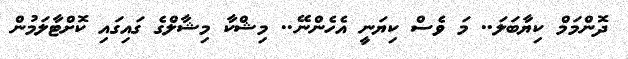
ދޮންމަމް ކިޔާބަލަ.. މަ ވެސް ކިޔަނީ އެހެންނޭ.. މިޝްކާ މިޝާލްގެ ގައިގައި ކޮށްޓާލަމުން